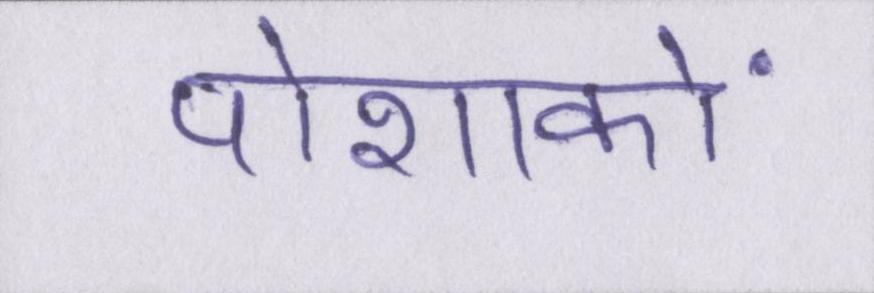
पोशाकों